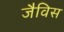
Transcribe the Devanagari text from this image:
जैविस